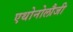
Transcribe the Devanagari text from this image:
एथोनोलौजी